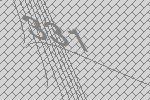
331